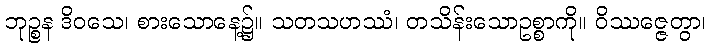
ဘုဉ္စန ဒိဝသေ၊ စားသောနေ့၌။ သတသဟဿံ၊ တသိန်းသောဥစ္စာကို။ ဝိဿဇ္ဇေတွာ၊